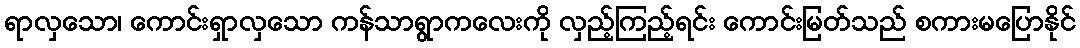
ရာလှသော၊ ကောင်းရှာလှသော ကန်သာရွာကလေးကို လှည့်ကြည့်ရင်း ကောင်းမြတ်သည် စကားမပြောနိုင်